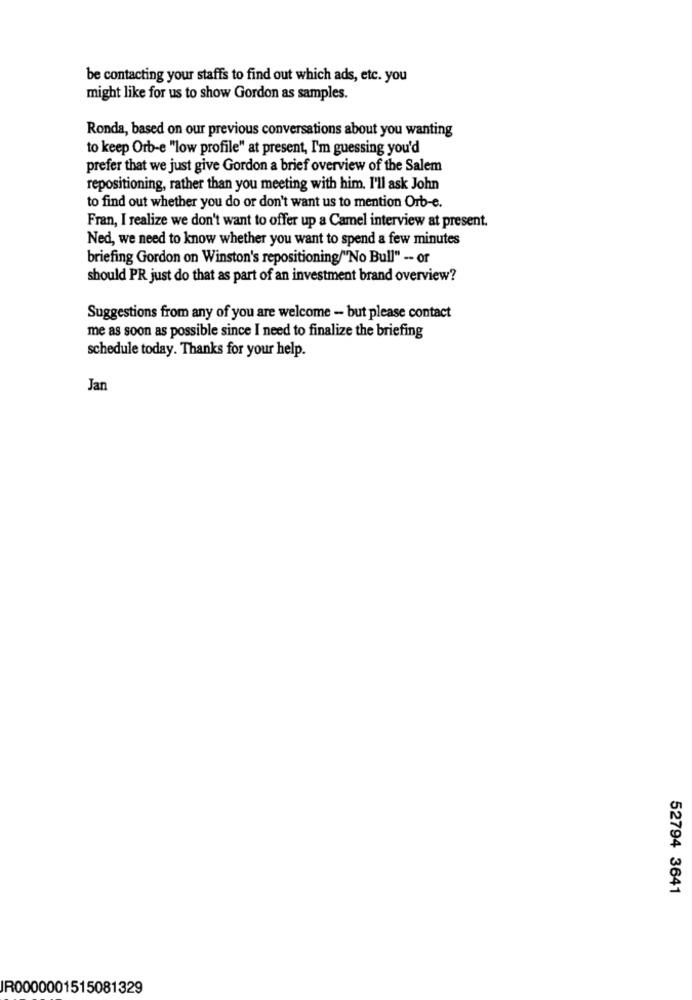
be contacting your staffs to find out which ads, etc. you
might like for us to show Gordon as samples.
Ronda, based on our previous conversations about you wanting
to keep Orb-e "low profile" at present, I'm guessing you'd
prefer that we just give Gordon a brief overview of the Salem
repositioning, rather than you meeting with him. I'll ask John
to find out whether you do or don't want us to mention Orb-e.
Fran, I realize we don't want to offer up a Camel interview at present.
Ned, we need to know whether you want to spend a few minutes
briefing Gordon on Winston's repositioning/"No Bull" -- or
should PR just do that as part of an investment brand overview?
Suggestions from any of you are welcome - but please contact
me as soon as possible since I need to finalize the briefing
schedule today. Thanks for your help.
Jan
52794 3641
IR0000001515081329